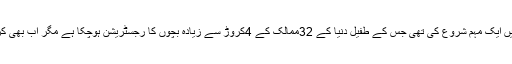
عالمی ادارے نے اس حوالے سے 2005ءمیں ایک مہم شروع کی تھی جس کے طفیل دنیا کے 32ممالک کے 4کروڑ سے زیادہ بچوں کا رجسٹریشن ہوچکا ہے مگر اب بھی کروڑوں بچے کسی رجسٹریشن کا حصہ نہیں۔